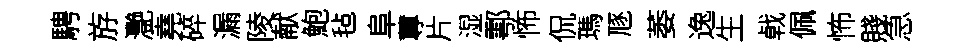
騁斿灧堯碎漏陵献鮑毡阜蓴片湿鄠怖侃瑪豗萎逸生㦸佩怖賤急